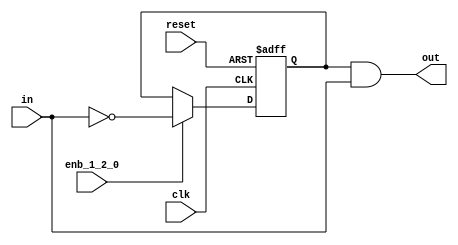
// -------------------------------------------------------------
// 
// 
// Generated by MATLAB 9.13 and HDL Coder 4.0
// 
// -------------------------------------------------------------


// -------------------------------------------------------------
// 
// Module: whdlOFDMTx_Rising_Edge_Detector
// Source Path: whdlOFDMTx/Frame Controller and Input Sampler/Frame Controller/Generate OFDM Modulator Ready/Rising 
// Edge Detecto
// Hierarchy Level: 6
// 
// -------------------------------------------------------------

`timescale 1 ns / 1 ns

module whdlOFDMTx_Rising_Edge_Detector
          (clk,
           reset,
           enb_1_2_0,
           in,
           out);


  input   clk;
  input   reset;
  input   enb_1_2_0;
  input   in;
  output  out;


  wire Logical_Operator2_out1;
  reg  Delay_out1;
  wire Logical_Operator1_out1;


  assign Logical_Operator2_out1 =  ~ in;



  always @(posedge clk or posedge reset)
    begin : Delay_process
      if (reset == 1'b1) begin
        Delay_out1 <= 1'b0;
      end
      else begin
        if (enb_1_2_0) begin
          Delay_out1 <= Logical_Operator2_out1;
        end
      end
    end



  assign Logical_Operator1_out1 = Delay_out1 & in;



  assign out = Logical_Operator1_out1;

endmodule  // whdlOFDMTx_Rising_Edge_Detector